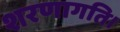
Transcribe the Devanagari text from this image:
शरणागति।